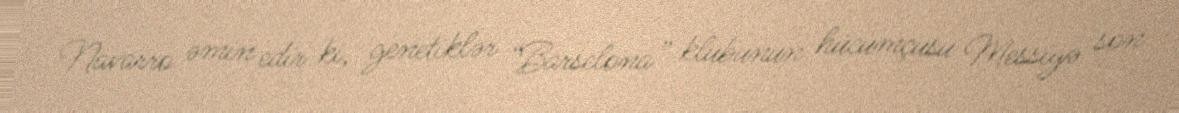
Navarro əmin edir ki, genetiklər “Barselona” klubunun hücumçusu Messiyə son